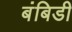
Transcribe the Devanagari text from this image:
बंबिडी